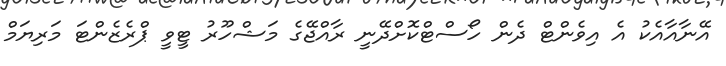
އޭނާއާއެކު އެ އިވެންޓް ދެން ހޯސްޓްކޮށްދޭނީ ރާއްޖޭގެ މަޝްހޫރު ޓީވީ ޕްރެޒެންޓަ މަރިޔަމް